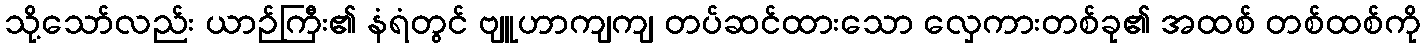
သို့သော်လည်း ယာဉ်ကြီး၏ နံရံတွင် ဗျူဟာကျကျ တပ်ဆင်ထားသော လှေကားတစ်ခု၏ အထစ် တစ်ထစ်ကို